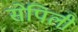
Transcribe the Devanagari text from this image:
सेपिली